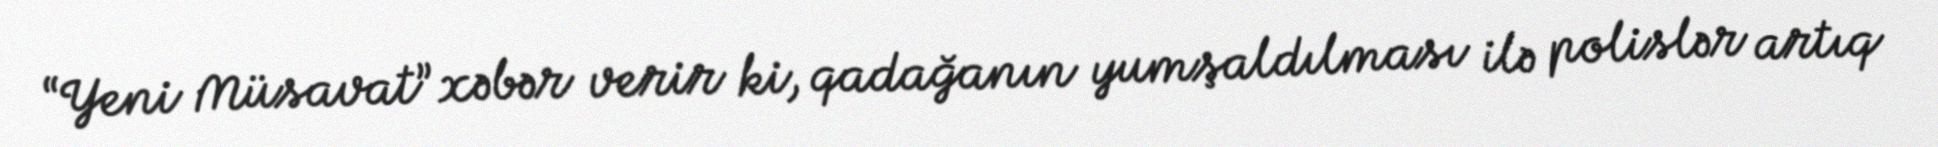
“Yeni Müsavat” xəbər verir ki, qadağanın yumşaldılması ilə polislər artıq